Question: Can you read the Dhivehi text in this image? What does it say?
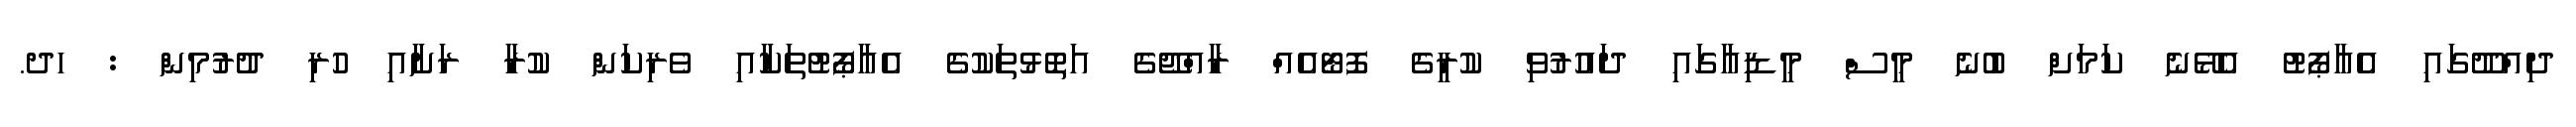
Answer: ދިއްދޫގައި އެއާޕޯޓު އެޅޭނެ ކަމަށް ބުނެ މީސް މީޑިއާގައި ދައުރުވި ކުރީގެ ފޮޓޯއެއް ރާއްޖޭގެ އަތޮޅުތަކުގެ އެއާޕޯޓުތަކާއި ވެރިކަން ކުރާ ރަށާއި ހުރި ދުރުމިން : ހދ.